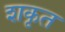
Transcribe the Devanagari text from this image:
शकृत